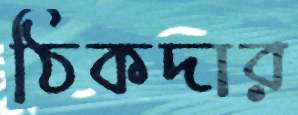
ঠিকদার